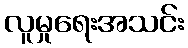
လူမှုရေးအသင်း